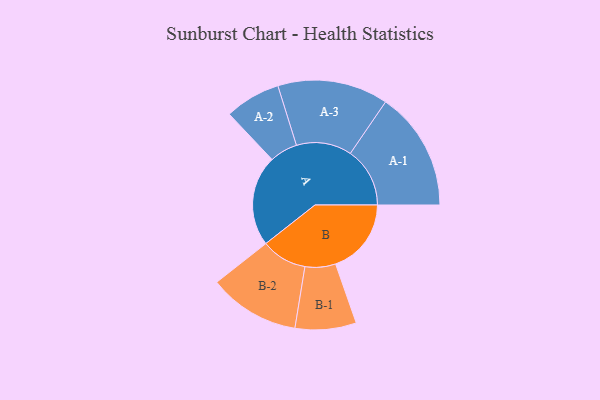
{"axis": {"x": "Segment", "y": "Value"}, "legend": ["", "A", "B"], "data": [{"x": "A", "y": 410, "type": ""}, {"x": "B", "y": 342, "type": ""}, {"x": "A-1", "y": 269, "type": "A"}, {"x": "A-2", "y": 126, "type": "A"}, {"x": "A-3", "y": 250, "type": "A"}, {"x": "B-1", "y": 138, "type": "B"}, {"x": "B-2", "y": 206, "type": "B"}]}